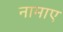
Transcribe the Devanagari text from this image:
नामाए